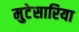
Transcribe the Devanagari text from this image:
मुटेसारिया